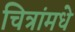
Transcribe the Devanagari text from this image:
चित्रांमधे